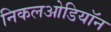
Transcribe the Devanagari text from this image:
निकलओडियॉन